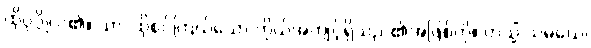
ထိုပုဂ္ဂိုလ်၏။ သာ၊ ထိုစင်ကြယ်သော ကိုယ်အကျင့်ရှိသည်၏အဖြစ်ကို။ တသ္မိံ သမယေ၊